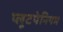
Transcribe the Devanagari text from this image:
प्लूटपेनियम